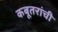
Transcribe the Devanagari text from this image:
कबूतरांची